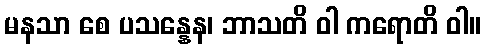
မနသာ စေ ပသန္နေန၊ ဘာသတိ ဝါ ကရောတိ ဝါ။